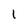
Character: I